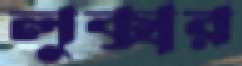
লুক্সর